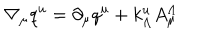
\nabla _ { \mu } q ^ { u } = \partial _ { \mu } q ^ { u } + k _ { \Lambda } ^ { u } A _ { \mu } ^ { \Lambda }